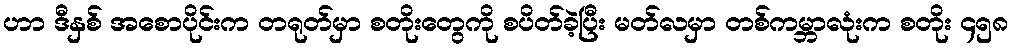
ဟာ ဒီနှစ် အစောပိုင်းက တရုတ်မှာ စတိုးတွေကို စပိတ်ခဲ့ပြီး မတ်လမှာ တစ်ကမ္ဘာလုံးက စတိုး ၄၅၈